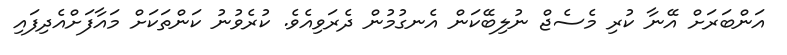
އަންބަރަށް އޭނާ ކުރި މެސެޖް ނުލިބޭކަން އެނގުމުން ދެރަވިއެވެ. ކުރެވުނު ކަންތަކަށް މައާފަށްއެދިފައި